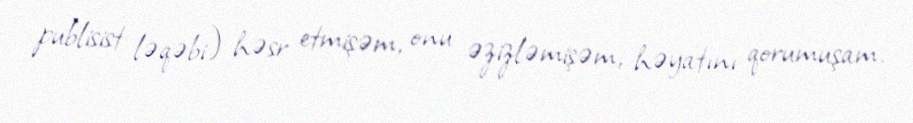
publisist ləqəbi) həsr etmişəm, onu əzizləmişəm, həyatını qorumuşam.